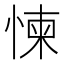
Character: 𱞫